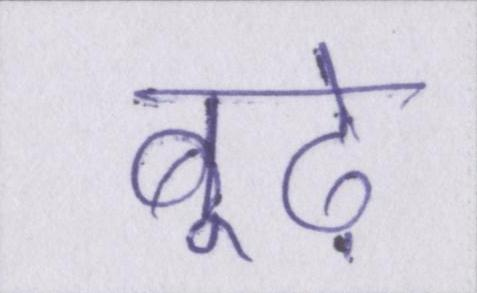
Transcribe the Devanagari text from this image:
बूढ़े